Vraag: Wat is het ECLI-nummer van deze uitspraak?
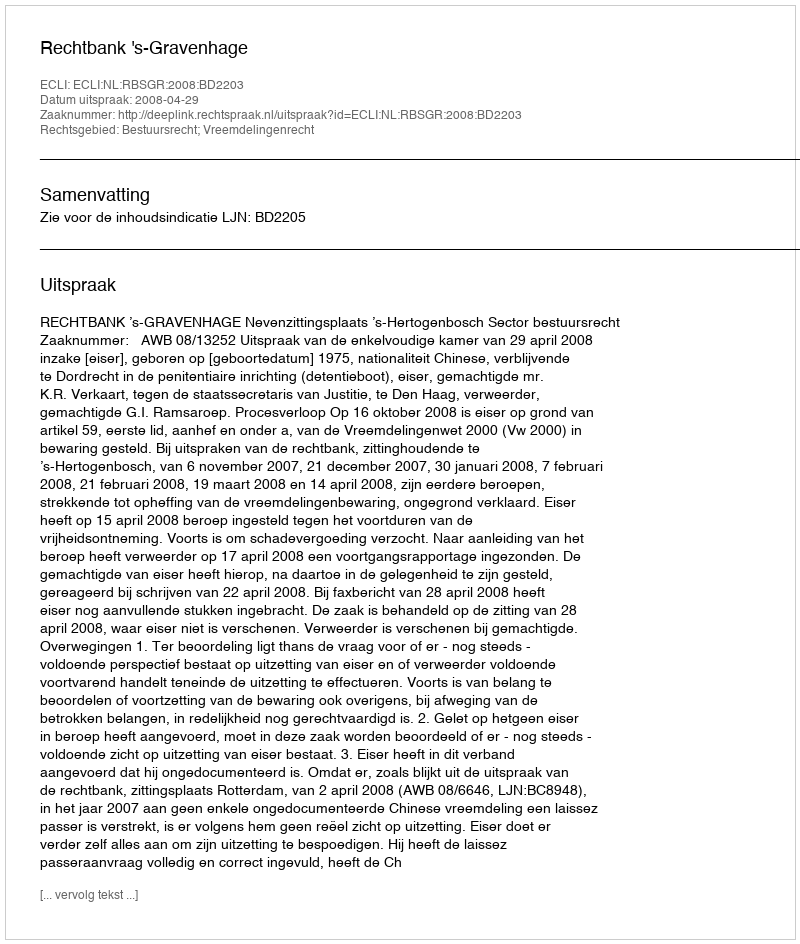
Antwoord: ECLI:NL:RBSGR:2008:BD2203